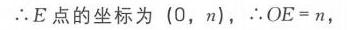
$\therefore E$点的坐标为$(0,n)$，$\therefore OE = n$，